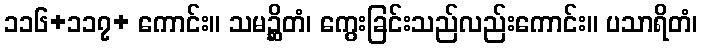
၁၁၆+၁၁၇+ ကောင်း။ သမဉ္ဆိတံ၊ ကွေးခြင်းသည်လည်းကောင်း။ ပသာရိတံ၊